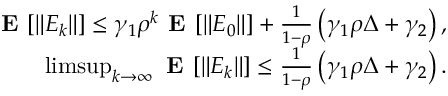
\begin{array} { r l r } & { } & { \textbf { E } [ \| E _ { k } \| ] \leq \gamma _ { 1 } \rho ^ { k } \textbf { E } [ \| E _ { 0 } \| ] + \frac { 1 } { 1 - \rho } \left( \gamma _ { 1 } \rho \Delta + \gamma _ { 2 } \right) , } \\ & { } & { \operatorname* { l i m s u p } _ { k \to \infty } \textbf { E } [ \| E _ { k } \| ] \leq \frac { 1 } { 1 - \rho } \left( \gamma _ { 1 } \rho \Delta + \gamma _ { 2 } \right) . } \end{array}